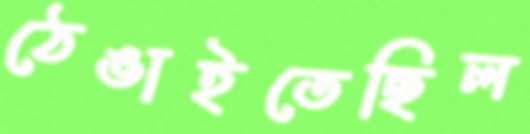
ঠেঙাইতেছিল